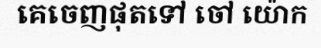
គេចេញផុតទៅ ចៅ យ៉ោក